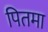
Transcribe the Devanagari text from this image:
पितमा